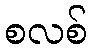
စလစ်